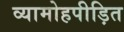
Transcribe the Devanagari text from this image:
व्यामोहपीड़ित